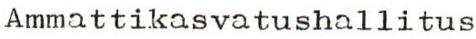
Ammattikasvatushallitus